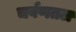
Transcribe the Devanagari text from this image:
चर्वणतल